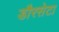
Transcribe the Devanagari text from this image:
डौरसेटा